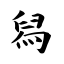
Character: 舄